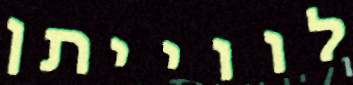
לווייתן